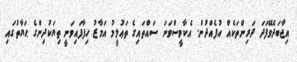
އިޖާބަދެވޭފަދަ ދަރިންތަކެއް އުފެއްދުން. އެކާވީސްވަނަ ސައްތައިގެ ތަޢުލީމު އަމާޒު ހިފާފައިވަނީ ތިޔަކުދިންގެ ޙަޔާތުގައި